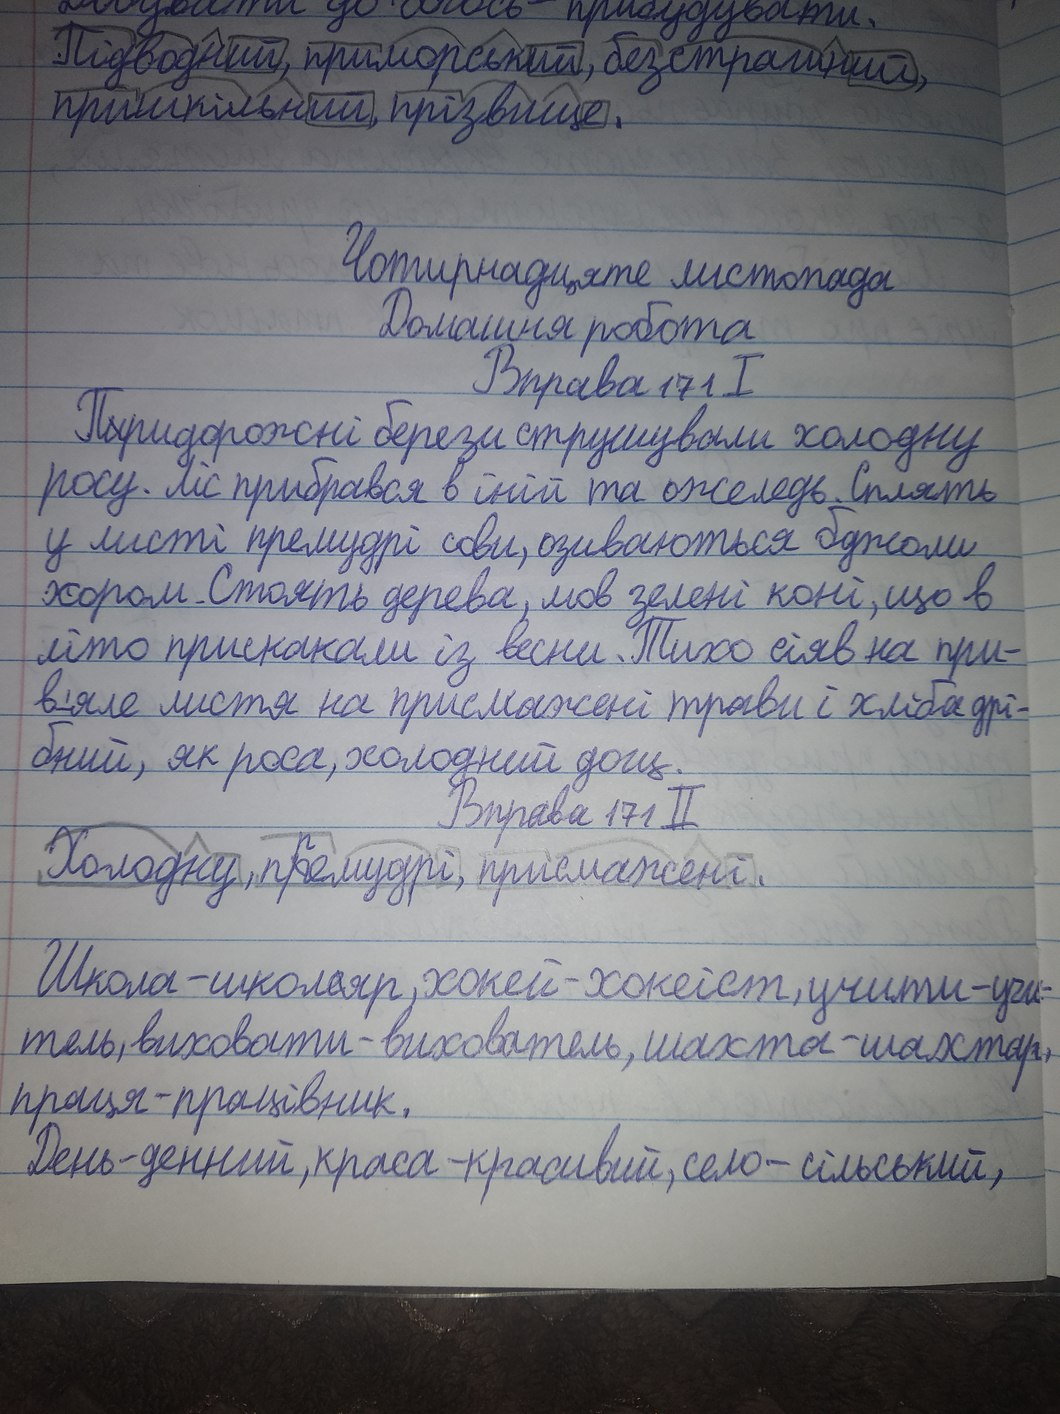
Підводний, приморський, безстрашний,
пришкільний, прізвище.
Чотирнадцяте листопада
Домашня робота
Вправа 171 I
П~~и~~ридорожні берези струшували холодну
росу. Ліс прибрався в іній та ожеледь. Сплять
у листі премудрі сови, озиваються бджоли
хором. Стоять дерева, мов зелені коні, що в
літо прискакали із весни. Тихо сіяв на при-
в'яле листя на присмажені трави і хліба дрі-
бний, як роса, холодний дощ.
Холодну, п~~р~~{р}емудрі, присмажені.
Школа-школ~~е~~яр, хокей-хокеїст, учити-учи-
тель, виховати-вихователь, шахта-шахтар,
праця-працівник.
День-денний, краса-красивий, село-сільський,